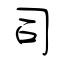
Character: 司